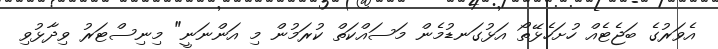
އެވަރުގެ ބަޖެޓެއް ހުށަހެޅޭތޯ އަޅުގަނޑުމެން މަސައްކަތް ކުރަމުން މި އަންނަނީ" މިނިސްޓަރު ވިދާޅުވި